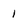
Character: 1